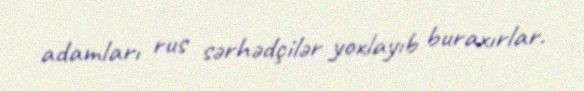
adamları rus sərhədçilər yoxlayıb buraxırlar.